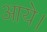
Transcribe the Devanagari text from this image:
आयेे।